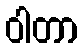
ဝါတာ